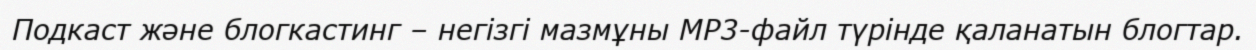
Подкаст және блогкастинг – негізгі мазмұны МР3-файл түрінде қаланатын блогтар.